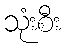
သုံးစီး